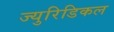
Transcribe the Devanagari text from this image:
ज्युरिडिकल